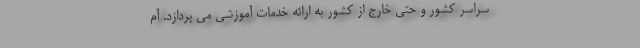
سراسر کشور و حتی خارج از کشور به ارائه خدمات آموزشی می پردازد. آم